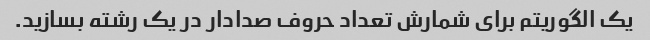
یک الگوریتم برای شمارش تعداد حروف صدادار در یک رشته بسازید.